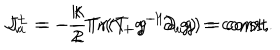
J _ { v } ^ { + } = - { \frac { k } { 2 } } \mathrm { T r } ( T _ { + } g ^ { - 1 } \partial _ { v } g ) = \mathrm { c o n s t } , \hspace { 1 c m } J _ { u } ^ { - } = - { \frac { k } { 2 } } \mathrm { T r } ( T _ { - } g ^ { - 1 } \partial _ { u } g ) = \mathrm { c o n s t } .